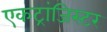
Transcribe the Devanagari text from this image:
एकट्रांजिस्टर